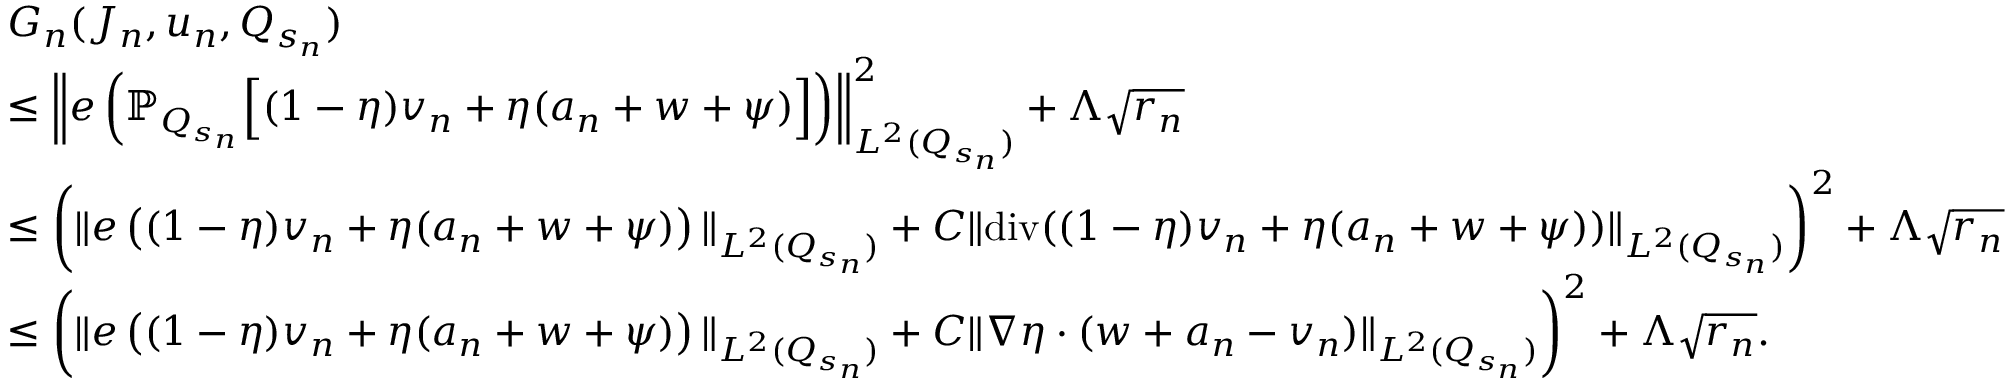
\begin{array} { r l } & { G _ { n } ( J _ { n } , u _ { n } , Q _ { s _ { n } } ) } \\ & { \leq \left\Vert e \left( \mathbb { P } _ { Q _ { s _ { n } } } \Big [ ( 1 - \eta ) v _ { n } + \eta ( a _ { n } + w + \psi ) \Big ] \right) \right\Vert _ { L ^ { 2 } ( Q _ { s _ { n } } ) } ^ { 2 } + \Lambda \sqrt { r _ { n } } } \\ & { \leq \left( \Vert e \left( ( 1 - \eta ) v _ { n } + \eta ( a _ { n } + w + \psi ) \right) \Vert _ { L ^ { 2 } ( Q _ { s _ { n } } ) } + C \Vert \mathrm { d i v } ( ( 1 - \eta ) v _ { n } + \eta ( a _ { n } + w + \psi ) ) \Vert _ { L ^ { 2 } ( Q _ { s _ { n } } ) } \right) ^ { 2 } + \Lambda \sqrt { r _ { n } } } \\ & { \leq \left( \Vert e \left( ( 1 - \eta ) v _ { n } + \eta ( a _ { n } + w + \psi ) \right) \Vert _ { L ^ { 2 } ( Q _ { s _ { n } } ) } + C \Vert \nabla \eta \cdot ( w + a _ { n } - v _ { n } ) \Vert _ { L ^ { 2 } ( Q _ { s _ { n } } ) } \right) ^ { 2 } + \Lambda \sqrt { r _ { n } } . } \end{array}